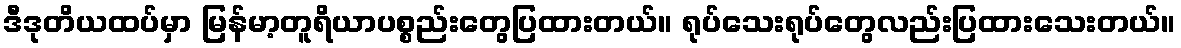
ဒီဒုတိယထပ်မှာ မြန်မာ့တူရိယာပစ္စည်းတွေပြထားတယ်။ ရုပ်သေးရုပ်တွေလည်းပြထားသေးတယ်။